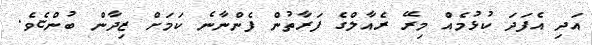
އަދި އެފަދަ ކުޅުމެއް މިރޭ ރެއާލްގެ ފަރާތުން ފެންނާނެ ކަމަށް ޒިދާން ބުންޏެވެ.